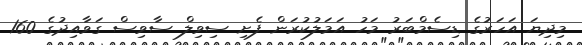
މިދިޔަ އަހަރުގެ ޑިސެމްބަރު މަހު އަމަލުކުރަން ފެށި ސިވިލް ސާވިސް ގަވާއިދުގެ 160